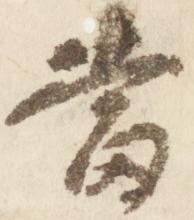
当